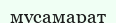
мусамарат